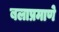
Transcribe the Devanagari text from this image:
बलाप्रमाणे